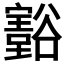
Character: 𲂜